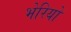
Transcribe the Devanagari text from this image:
भेरियों